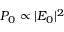
P _ { 0 } \propto | E _ { 0 } | ^ { 2 }